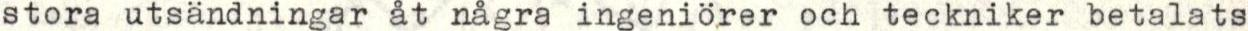
stora utsändningar åt några ingeniörer och teckniker betalats